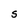
Character: S